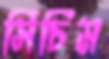
সিচিম